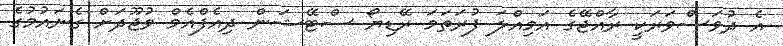
އެ ދުވަސްވަރަކީ ރާއްޖޭގެ އަމިއްލަ ފުރަތަމަ ރޭޑިޔޯ ސްޓޭޝަން ދިއެފްއެމް ވުޖޫދަށް ގެނައުމުގެ